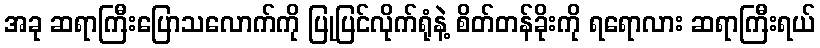
အခု ဆရာကြီးပြောသလောက်ကို ပြုပြင်လိုက်ရုံနဲ့ စိတ်တန်ခိုးကို ရရောလား ဆရာကြီးရယ်